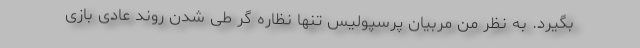
بگیرد. به نظر من مربیان پرسپولیس تنها نظاره گر طی شدن روند عادی بازی